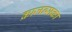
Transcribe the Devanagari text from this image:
क्राजन्सका